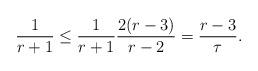
LaTeX: \begin{align*} \frac{1}{r+1} \leq \frac{1}{r+1}\frac{2(r-3)}{r-2} = \frac{r-3}{\tau}.\end{align*}